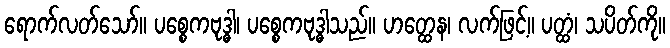
ရောက်လတ်သော်။ ပစ္စေကဗုဒ္ဓါ၊ ပစ္စေကဗုဒ္ဓါသည်။ ဟတ္ထေန၊ လက်ဖြင့်။ ပတ္ထံ၊ သပိတ်ကို။